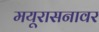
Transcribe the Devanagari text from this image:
मयूरासनावर